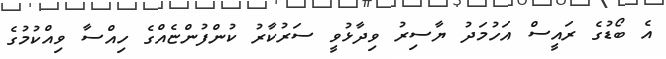
އެ ބޯޑުގެ ރައީސް އަހުމަދު ޔާސިރު ވިދާޅުވީ ސަރުކާރު ކުންފުންޏެއްގެ ހިއްސާ ވިއްކުމުގެ